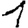
Digit: 1